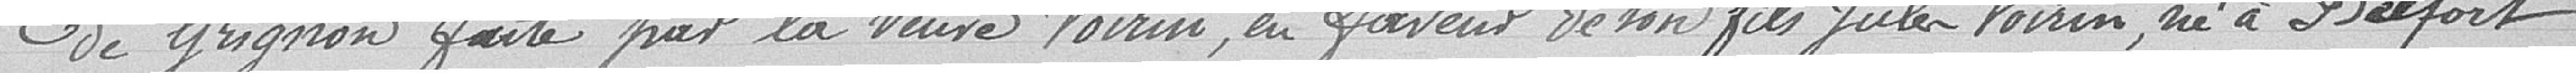
de Grignon faite par la veuve Voirin, en faveur de son fils Jules, né à Belfort